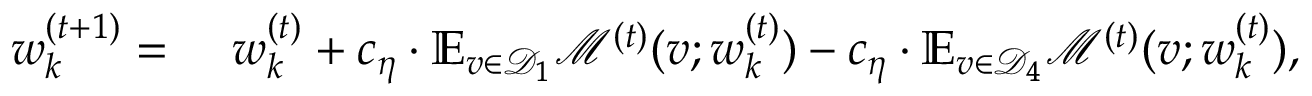
\begin{array} { r l } { { \boldsymbol w } _ { k } ^ { ( t + 1 ) } = } & { ~ { \boldsymbol w } _ { k } ^ { ( t ) } + c _ { \eta } \cdot \mathbb { E } _ { v \in \mathcal { D } _ { 1 } } \mathcal { M } ^ { ( t ) } ( v ; { \boldsymbol w } _ { k } ^ { ( t ) } ) - c _ { \eta } \cdot \mathbb { E } _ { v \in \mathcal { D } _ { 4 } } \mathcal { M } ^ { ( t ) } ( v ; { \boldsymbol w } _ { k } ^ { ( t ) } ) , } \end{array}